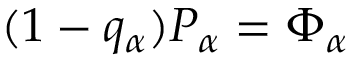
( 1 - q _ { \alpha } ) P _ { \alpha } = \Phi _ { \alpha }